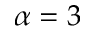
\alpha = 3